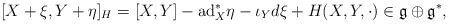
\begin{align*} [ X+\xi , Y + \eta ]_H = [X,Y] -\mathrm{ad}_X^*\eta -\iota_Yd\xi + H(X,Y,\cdot ) \in \mathfrak{g} \oplus \mathfrak{g}^*,\end{align*}